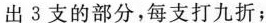
出3支的部分，每支打九折；